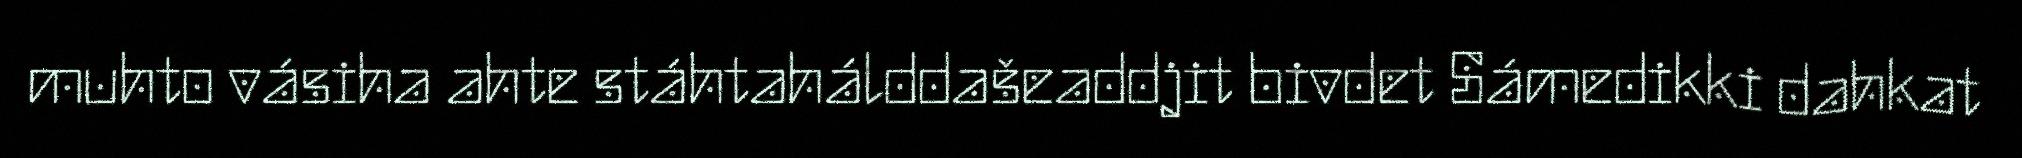
muhto vásiha ahte stáhtahálddašeaddjit bivdet Sámedikki dahkat